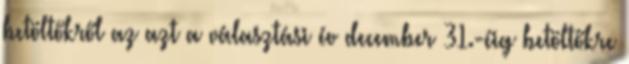
betöltőkről az azt a választási év december 31.-éig betöltőkre